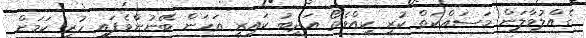
ގެއްލުވާލަން މަސައްކަތް ކުރީ ކީއްވެތޯ އަދީބު ކައިރީ އަހަން ބޭނުންވެފައި ހުރި ކަމަށް